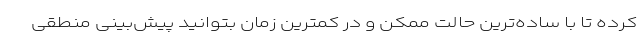
کرده تا با ساده‌ترین حالت ممکن و در کمترین زمان بتوانید پیش‌بینی منطقی